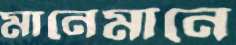
মানেমানে